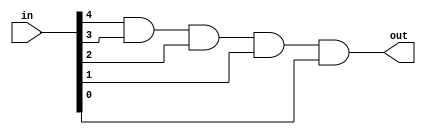
module and_4(in, out);
	input wire[4:0] in;
	output out;
	
	and res(out, in[4], in[3], in[2], in[1], in[0]);
	
endmodule